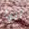
أنها